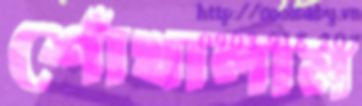
শোঁখালাম